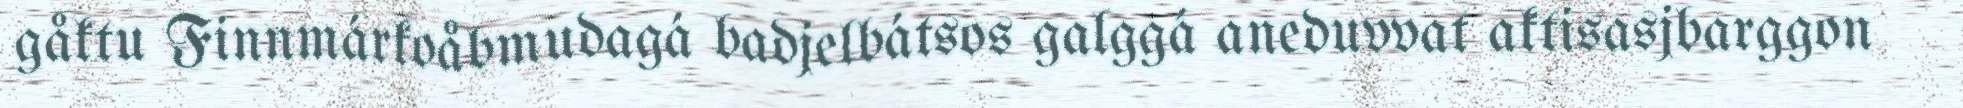
gåktu Finnmárkoåbmudagá badjelbátsos galggá aneduvvat aktisasjbarggon